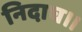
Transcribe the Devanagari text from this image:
निदाघ।।